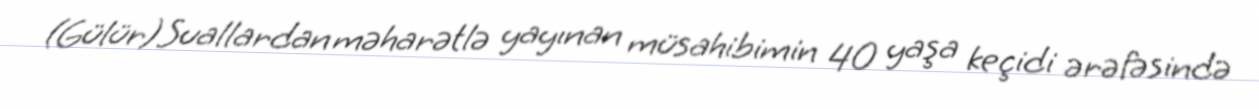
(Gülür)Suallardan məharətlə yayınan müsahibimin 40 yaşa keçidi ərəfəsində